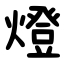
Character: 燈